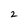
Character: 2